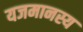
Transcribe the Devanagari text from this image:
यजमानस्य